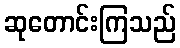
ဆုတောင်းကြသည်